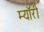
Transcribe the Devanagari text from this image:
म्यॉरी